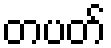
တပတ်